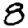
Digit: 8